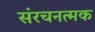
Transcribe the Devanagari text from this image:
संरचनत्मक